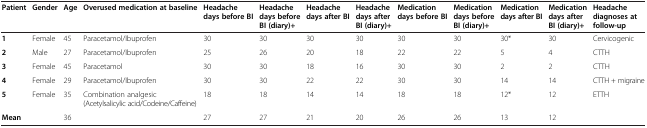
<table><thead><tr><td><b>Patient</b></td><td><b>Gender</b></td><td><b>Age</b></td><td><b>Overused medication at baseline</b></td><td><b>Headache days before BI</b></td><td><b>Headache days before BI (diary)+</b></td><td><b>Headache days after BI</b></td><td><b>Headache days after BI (diary)+</b></td><td><b>Medication days before BI</b></td><td><b>Medication days before BI (diary)+</b></td><td><b>Medication days after BI</b></td><td><b>Medication days after BI (diary)+</b></td><td><b>Headache diagnoses at follow-up</b></td></tr></thead><tbody><tr><td><b>1</b></td><td>Female</td><td>45</td><td>Paracetamol/Ibuprofen</td><td>30</td><td>30</td><td>30</td><td>30</td><td>30</td><td>30</td><td>30*</td><td>30</td><td>Cervicogenic</td></tr><tr><td><b>2</b></td><td>Male</td><td>27</td><td>Paracetamol/Ibuprofen</td><td>25</td><td>26</td><td>20</td><td>18</td><td>22</td><td>22</td><td>5</td><td>4</td><td>CTTH</td></tr><tr><td><b>3</b></td><td>Female</td><td>45</td><td>Paracetamol</td><td>30</td><td>30</td><td>18</td><td>16</td><td>30</td><td>30</td><td>2</td><td>2</td><td>CTTH</td></tr><tr><td><b>4</b></td><td>Female</td><td>29</td><td>Paracetamol/Ibuprofen</td><td>30</td><td>30</td><td>22</td><td>22</td><td>30</td><td>30</td><td>14</td><td>14</td><td>CTTH + migraine</td></tr><tr><td><b>5</b></td><td>Female</td><td>35</td><td>Combination analgesic (Acetylsalicylic acid/Codeine/Caffeine)</td><td>18</td><td>18</td><td>14</td><td>14</td><td>18</td><td>18</td><td>12*</td><td>12</td><td>ETTH</td></tr><tr><td><b>Mean</b></td><td> </td><td>36</td><td> </td><td>27</td><td>27</td><td>21</td><td>20</td><td>26</td><td>26</td><td>13</td><td>12</td><td> </td></tr></tbody></table>